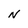
Character: N